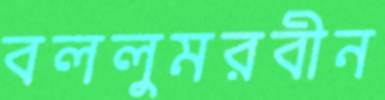
বললুমরবীন